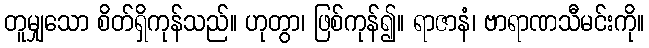
တူမျှသော စိတ်ရှိကုန်သည်။ ဟုတွာ၊ ဖြစ်ကုန်၍။ ရာဇာနံ၊ ဗာရာဏသီမင်းကို။